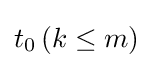
t_{0}\,(k\leq m)